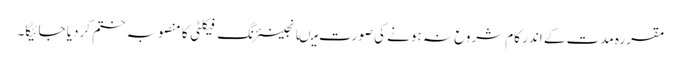
مقررہ مدت کے اندر کام شروع نہ ہونے کی صورت میںانجینئرنگ فیکلٹی کا منصوبہ ختم کردیا جائیگا۔